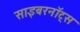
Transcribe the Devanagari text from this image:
साइबरनॉट्स